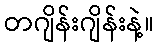
တဂျိန်းဂျိန်းနဲ့။